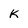
Character: K